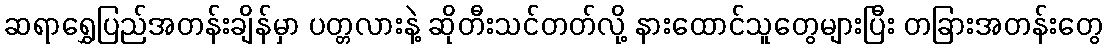
ဆရာရွှေပြည်အတန်းချိန်မှာ ပတ္တလားနဲ့ ဆိုတီးသင်တတ်လို့ နားထောင်သူတွေများပြီး တခြားအတန်းတွေ